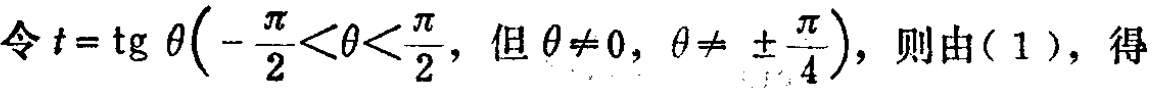
令\(t = \operatorname{tg} \theta\left(-\frac{\pi}{2}<\theta<\frac{\pi}{2}, \text{ 但 } \theta\neq0, \theta\neq \pm\frac{\pi}{4}\right)\)，则由( 1 )，得